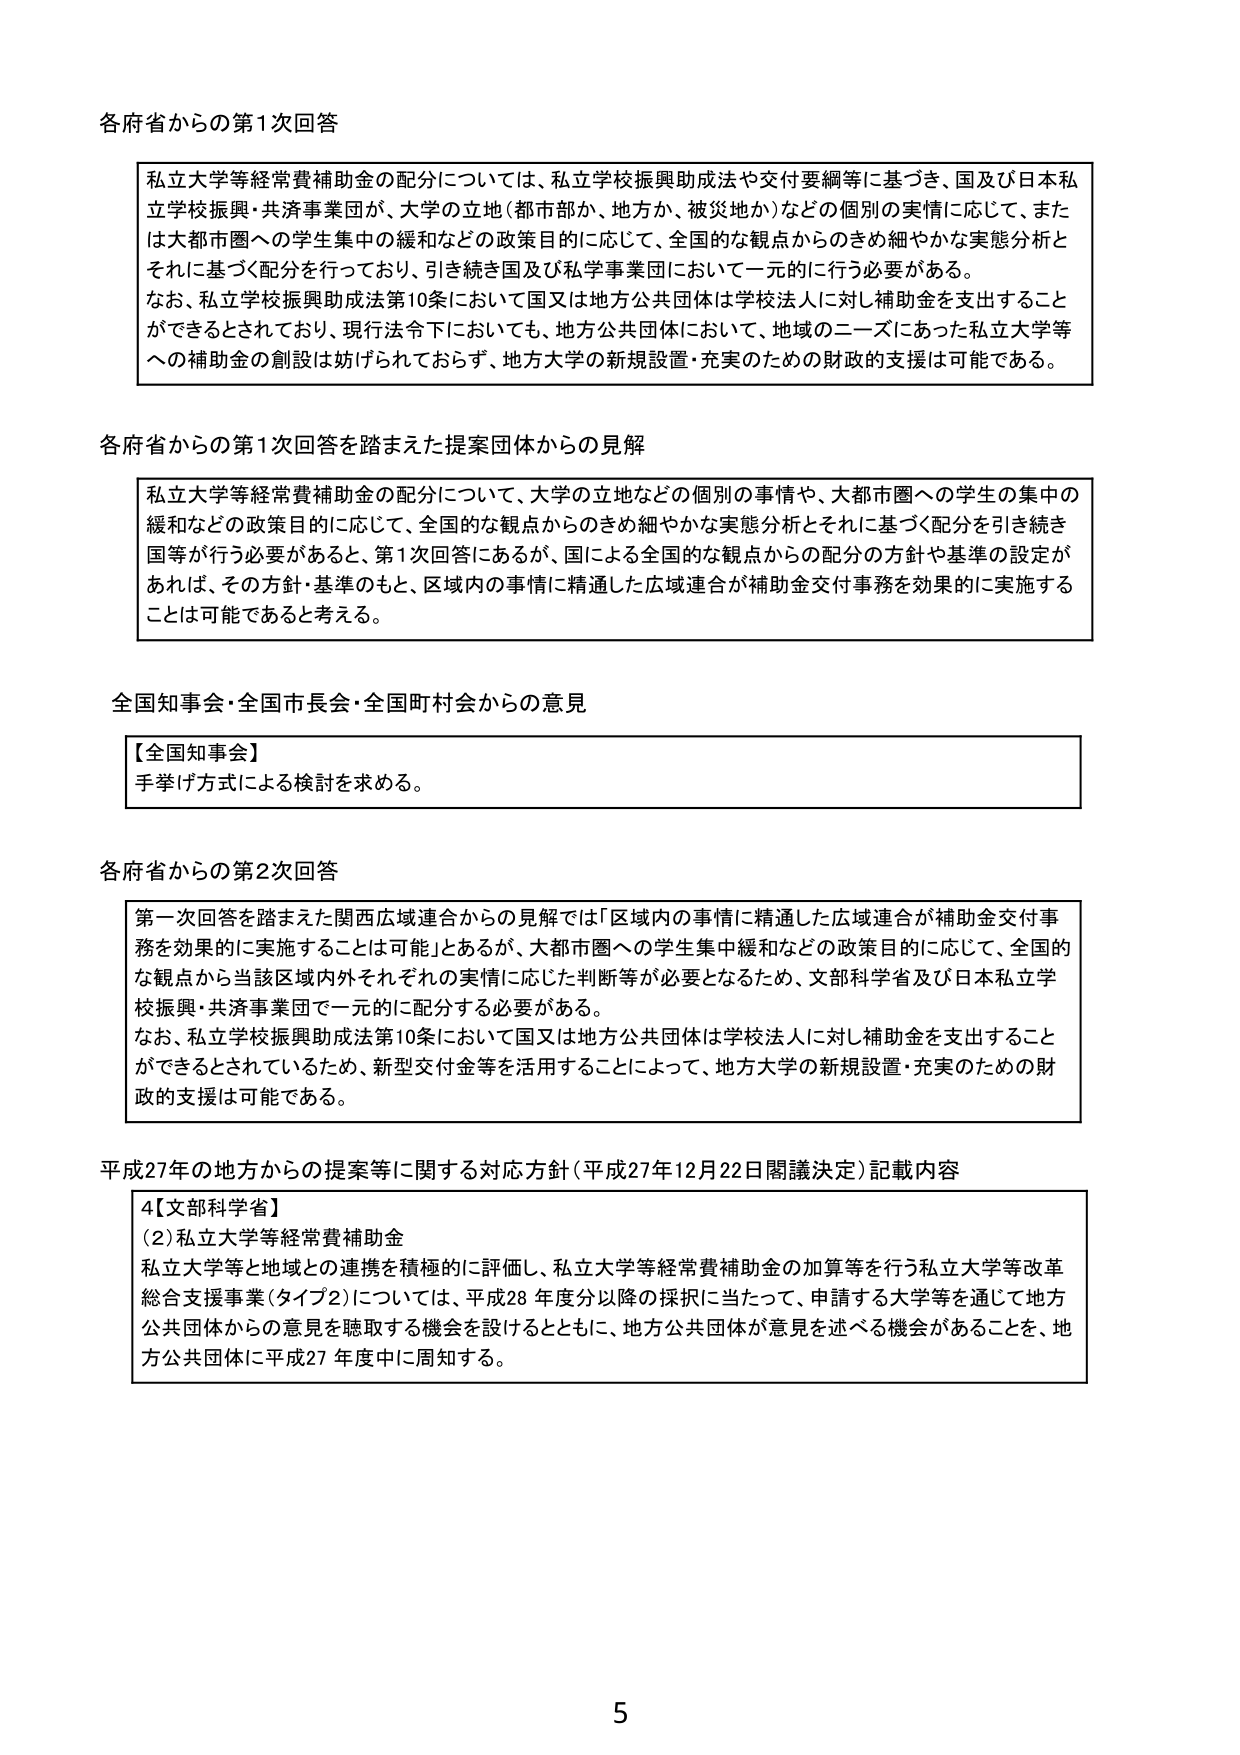
各府省からの第1次回答

私立大学等経常費補助金の配分については、私立学校振興助成法や交付要綱等に基づき、国及び日本私立学校振興・共済事業団が、大学の立地（都市部か、地方か、被災地か）などの個別の実情に応じて、または大都市圏への学生集中の緩和などの政策目的に応じて、全国的な観点からのきめ細やかな実態分析とそれに基づく配分を行っており、引き続き国及び私学事業団において一元的に行う必要がある。
なお、私立学校振興助成法第10条において国又は地方公共団体は学校法人に対し補助金を支出することができるとしており、現行法令下においても、地方公共団体において、地域のニーズにあった私立大学等への補助金の創設は妨げられておらず、地方大学の新規設置・充実のための財政的支援は可能である。

各府省からの第1次回答を踏まえた提案団体からの見解

私立大学等経常費補助金の配分について、大学の立地などの個別の事情や、大都市圏への学生の集中の緩和などの政策目的に応じて、全国的な観点からのきめ細やかな実態分析とそれに基づく配分を引き続き国等が行う必要があると、第1次回答にあるが、国による全国的な観点からの配分の方針や基準の設定があれば、その方針・基準のもと、区域内の事情に精通した広域連合が補助金交付事務を効果的に実施することは可能であると考える。

全国知事会・全国市長会・全国町村会からの意見

【全国知事会】
手挙げ方式による検討を求める。

各府省からの第2次回答

第一次回答を踏まえた関西広域連合からの見解では「区域内の事情に精通した広域連合が補助金交付事務を効果的に実施することは可能」とあるが、大都市圏への学生集中緩和などの政策目的に応じて、全国的な観点から当該区域内外それぞれの実情に応じた判断等が必要となるため、文部科学省及び日本私立学校振興・共済事業団で一元的に配分する必要がある。
なお、私立学校振興助成法第10条において国又は地方公共団体は学校法人に対し補助金を支出することができるとしているため、新型交付金等を活用することによって、地方大学の新規設置・充実のための財政的支援は可能である。

平成27年の地方からの提案等に関する対応方針（平成27年12月22日閣議決定）記載内容

4【文部科学省】
(2) 私立大学等経常費補助金
私立大学等と地域との連携を積極的に評価し、私立大学等経常費補助金の加算等を行う私立大学等改革総合支援事業（タイプ2）については、平成28年度分以降の採択に当たって、申請する大学等を通じて地方公共団体からの意見を聴取する機会を設けるとともに、地方公共団体が意見を述べる機会があることを、地方公共団体に平成27年度中に周知する。

5